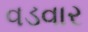
વડવાર